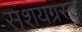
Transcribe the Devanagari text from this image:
संशयग्रस्त